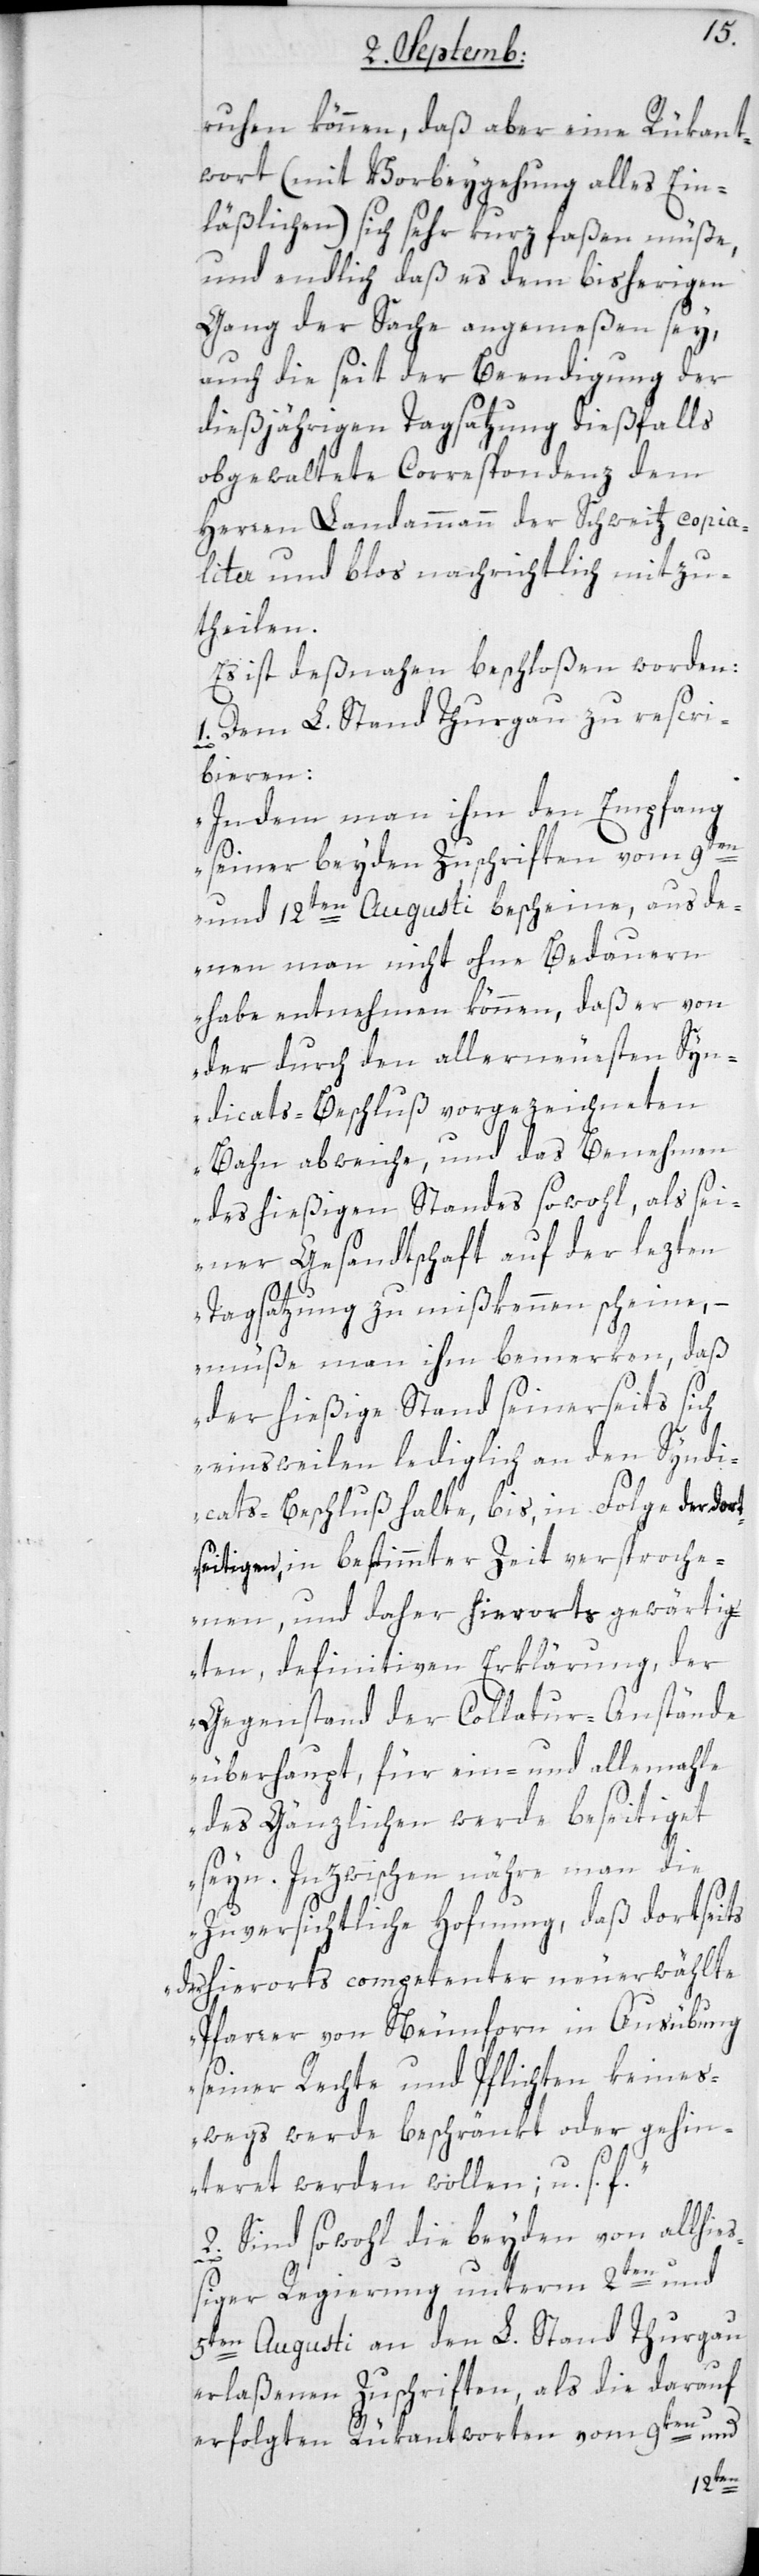
ruhen können, daß aber eine Rükant¬
wort (mit Vorbeygehung alles Ein¬
läßlichen) sich sehr kurz faßen müße,
und endlich daß es dem bisherigen
Gang der Sache angemeßen sey,
auch die seit der Beendigung der
dießjährigen Tagsatzung dießfalls
obgewaltete Correspondenz dem
Herren Landammann der Schweitz copia¬
liter und bloß nachrichtlich mitzu¬
theilen.
Es ist deßnahen beschloßen worden:
1. Dem L. Stand Thurgau zu rescri¬
bieren:
„Indem man ihm den Empfang
seiner beyden Zuschriften vom 9ten
und 12ten Augusti bescheine, aus de¬
nen man nicht ohne Bedauern
habe entnehmen können, daß er von
der durch den allerneuesten Syn¬
dicats-Beschluß vorgezeichneten
Bahn abweiche, und das Benehmen
des hiesigen Standes sowohl, als sei¬
ner Gesandtschaft auf der lezten
Tagsatzung zu mißkennen scheine,
müße man ihm bemerken, daß
der hießige Stand seinerseits sich
einsweilen lediglich an den Syndi¬
cats-Beschluß halte, bis in Folge der dor¬
tseitigen, in bestimmter Zeit versproche¬
nen, und daher hierorts gewärtig¬
ten, definitiven Erklärung, der
Gegenstand der Collatur-Anstände
überhaupt, für ein- und allemahle
des Gänzlichen werde beseitiget
seyn. Inzwischen nähre man die
Zuversichtliche Hoffnung, daß dortseits
der hierorts competenter neu erwählte
Pfarrer von Neunforn in Ausübung
seiner Rechte und Pflichten keines¬
wegs werde beschränkt oder gehin¬
deret werden wollen, u. s.
2. Sind sowohl die beyden von allhies¬
siger Regierung unterm 2ten und
5ten Augusti an den L. Stand Thurgau
erlaßenen Zuschriften, als die darauf
erfolgten Rükantworten vom 9ten und